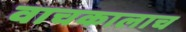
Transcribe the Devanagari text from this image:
वाचकालाच